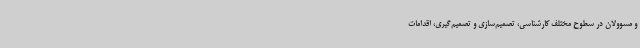
و مسوولان در سطوح مختلف کارشناسی، تصمیم‌سازی و تصمیم‌گیری، اقدامات